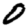
Digit: 0